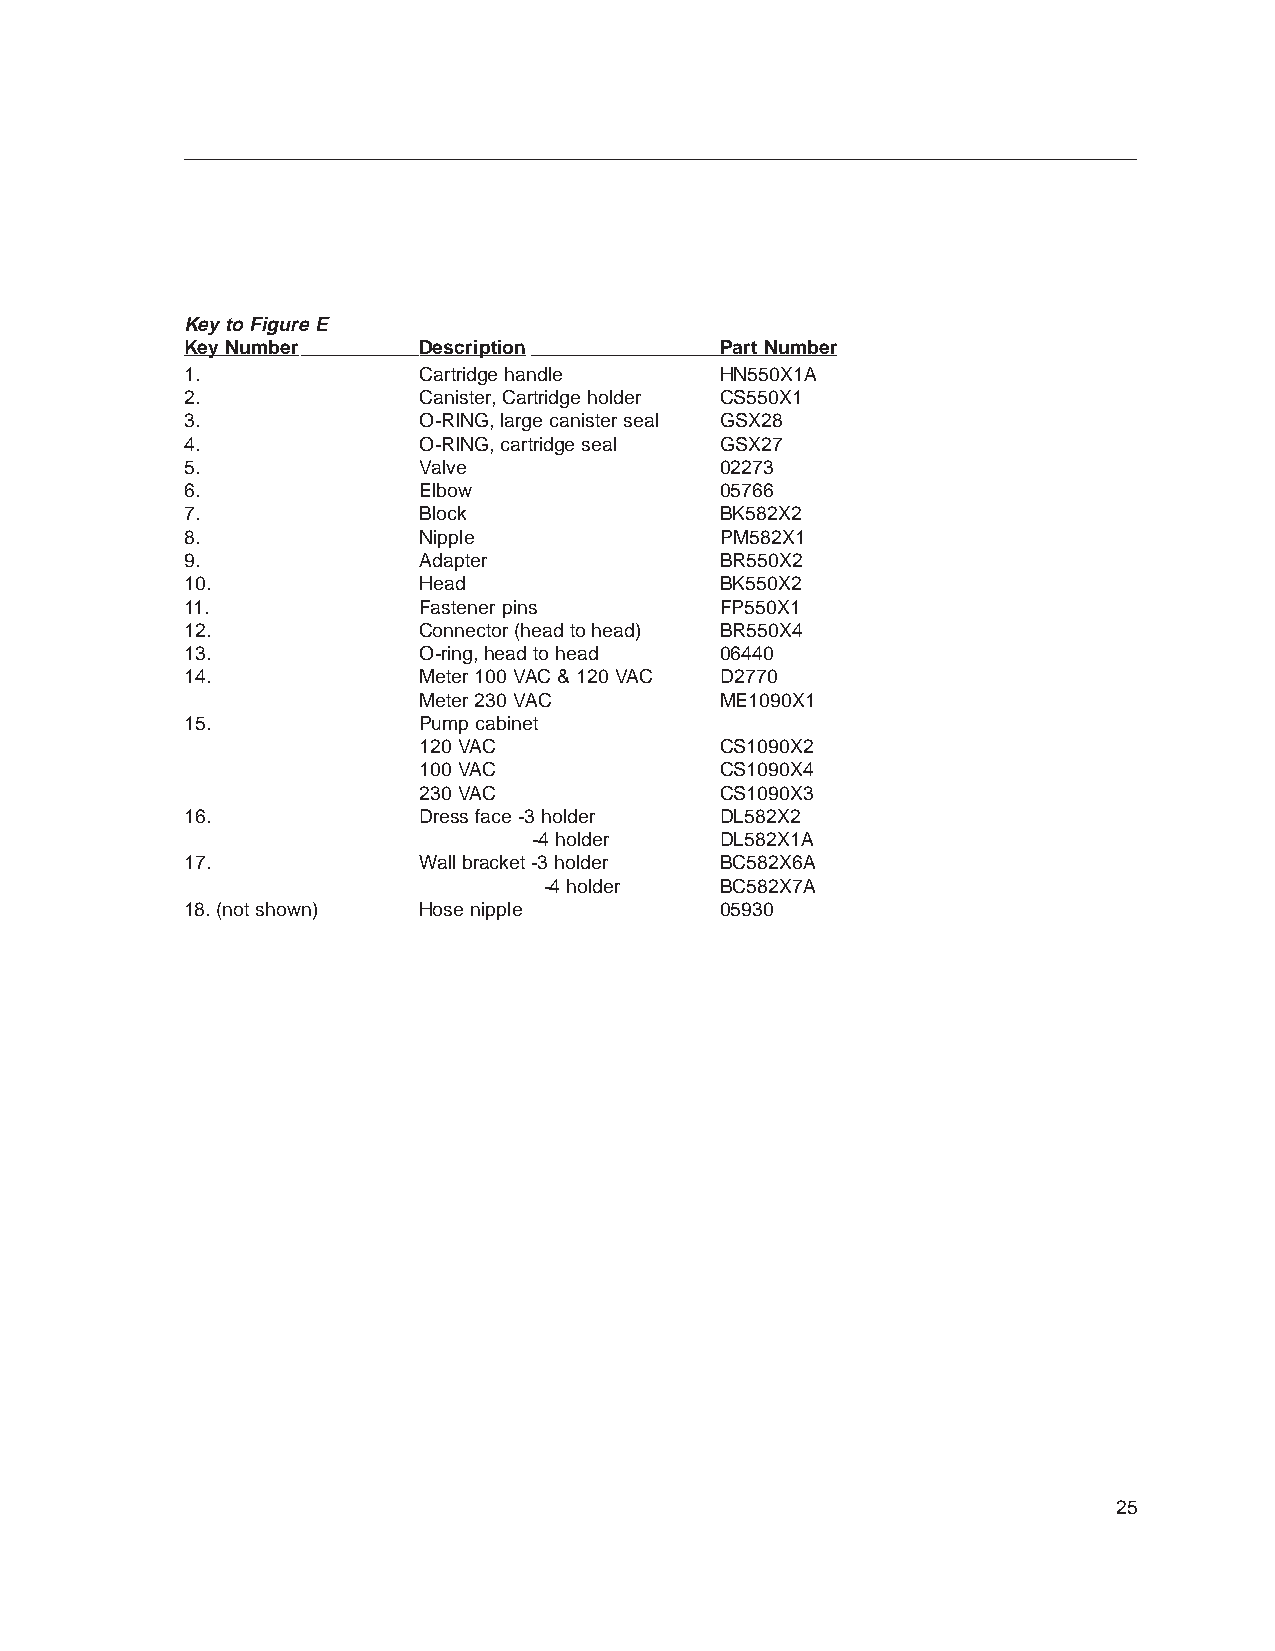
Key to Figure E
 Key Number      Description         Part Number
 1.              Cartridge handle    HN550X1A
 2.              Canister, Cartridge holder CS550X1
 3.              O-RING, large canister seal GSX28
 4.              O-RING, cartridge seal GSX27
 5.              Valve               02273
 6.              Elbow               05766
 7.              Block               BK582X2
 8.              Nipple              PM582X1
 9.              Adapter             BR550X2
 10.             Head                BK550X2
 11.             Fastener pins       FP550X1
 12.             Connector (head to head) BR550X4
 13.             O-ring, head to head 06440
 14.             Meter 100 VAC & 120 VAC D2770
 Meter 230 VAC       ME1090X1
 15.             Pump cabinet
 120 VAC             CS1090X2
 100 VAC             CS1090X4
 230 VAC             CS1090X3
 16.             Dress face -3 holder DL582X2
 -4 holder    DL582X1A
 17.             Wall bracket -3 holder BC582X6A
 -4 holder   BC582X7A
 18. (not shown) Hose nipple         05930
 25